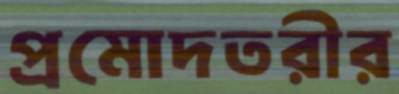
প্রমোদতরীর